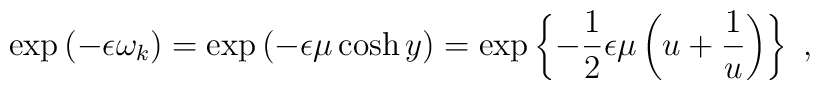
\exp\left(-\epsilon\omega_k\right)=\exp\left(-\epsilon\mu\cosh y\right)=\exp\left\{-\frac{1}{2}\epsilon\mu\left(u+\frac{1}{u}\right)\right\}\ ,